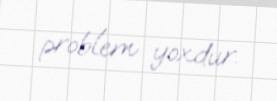
problem yoxdur.